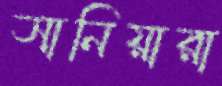
সানিয়ারা